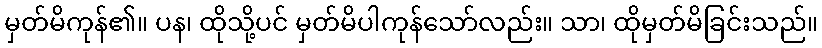
မှတ်မိကုန်၏။ ပန၊ ထိုသို့ပင် မှတ်မိပါကုန်သော်လည်း။ သာ၊ ထိုမှတ်မိခြင်းသည်။